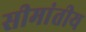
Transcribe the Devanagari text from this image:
सीमांतीय